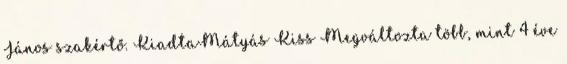
János szakértő. KiadtaMátyás Kiss Megváltozta több, mint 4 éve